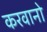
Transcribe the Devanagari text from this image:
करवानो